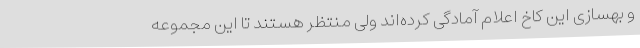
و بهسازی این کاخ اعلام آمادگی کرده‌اند ولی منتظر هستند تا این مجموعه